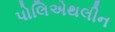
પોલિએથલીન